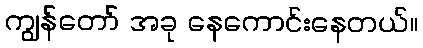
ကျွန်တော် အခု နေကောင်းနေတယ်။